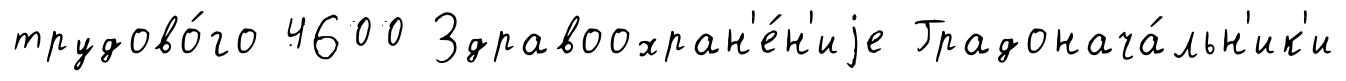
трудово́го 4600 Здравоохран'е́н'иjе Градонача́льн'ик'и